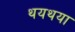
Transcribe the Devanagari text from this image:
थयथया